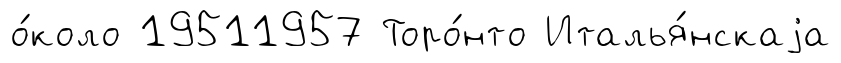
о́коло 19511957 Торо́нто Италья́нскаjа